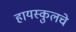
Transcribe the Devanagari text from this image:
हायस्‍कुलचे